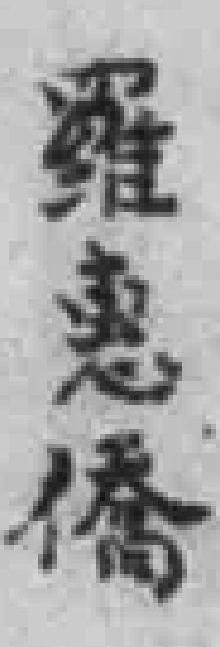
羅惠橋